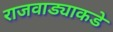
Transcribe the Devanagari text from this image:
राजवाड्याकडे